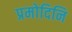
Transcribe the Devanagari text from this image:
प्रमोदिनि